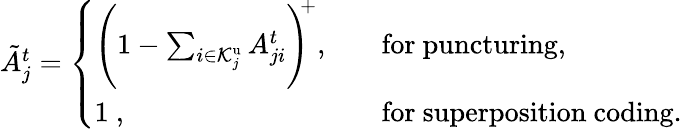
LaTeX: \begin{array}{r}{\tilde{A}_{j}^{t}=\left\{ \begin{array}{ll}{{\Bigg(1-\sum_{i\in\mathcal{K}_{j}^{\mathrm{u}}}A_{ji}^{t}\Bigg)}^{\! \! +},\quad}&{\mathrm{for~puncturing},}\\ {1\ ,\quad}&{\mathrm{for~superposition~coding}.}\end{array}\right.}\end{array}